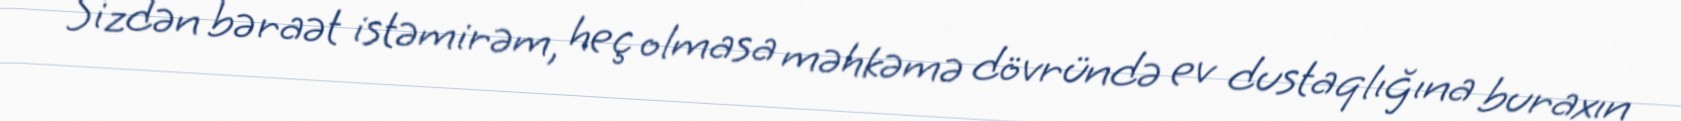
Sizdən bəraət istəmirəm, heç olmasa məhkəmə dövründə ev dustaqlığına buraxın